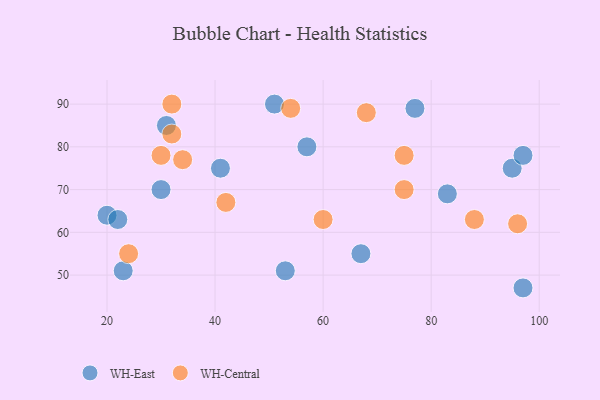
{"axis": {"x": "GDP", "y": "Life Expectancy"}, "legend": ["WH-Central", "WH-East"], "data": [{"x": "23", "y": 51, "type": "WH-East"}, {"x": "41", "y": 75, "type": "WH-East"}, {"x": "95", "y": 75, "type": "WH-East"}, {"x": "67", "y": 55, "type": "WH-East"}, {"x": "51", "y": 90, "type": "WH-East"}, {"x": "20", "y": 64, "type": "WH-East"}, {"x": "97", "y": 78, "type": "WH-East"}, {"x": "31", "y": 85, "type": "WH-East"}, {"x": "83", "y": 69, "type": "WH-East"}, {"x": "57", "y": 80, "type": "WH-East"}, {"x": "97", "y": 47, "type": "WH-East"}, {"x": "22", "y": 63, "type": "WH-East"}, {"x": "53", "y": 51, "type": "WH-East"}, {"x": "30", "y": 70, "type": "WH-East"}, {"x": "77", "y": 89, "type": "WH-East"}, {"x": "34", "y": 77, "type": "WH-Central"}, {"x": "88", "y": 63, "type": "WH-Central"}, {"x": "96", "y": 62, "type": "WH-Central"}, {"x": "60", "y": 63, "type": "WH-Central"}, {"x": "68", "y": 88, "type": "WH-Central"}, {"x": "24", "y": 55, "type": "WH-Central"}, {"x": "30", "y": 78, "type": "WH-Central"}, {"x": "32", "y": 90, "type": "WH-Central"}, {"x": "32", "y": 83, "type": "WH-Central"}, {"x": "54", "y": 89, "type": "WH-Central"}, {"x": "75", "y": 70, "type": "WH-Central"}, {"x": "75", "y": 78, "type": "WH-Central"}, {"x": "42", "y": 67, "type": "WH-Central"}]}